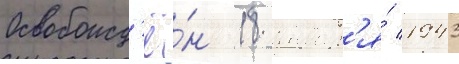
Освобожд'ё́н 18 январ'я́ 1943